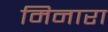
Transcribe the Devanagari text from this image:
मिनारा